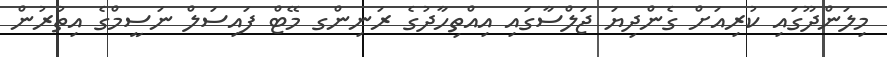
މިލަންދޫގައި ކުރިއަށް ގެންދިޔަ ޖަލްސާގައި އިއްތިހާދުގެ ރަނިންގ މޭޓް ފައިސަލް ނަސީމްގެ އިތުރުން